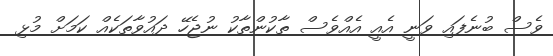
ވެސް ބުނެފައި ވަނީ އެއީ އެއްވެސް ތާކުންތާކު ނުޖެހޭ ދައުވާތަކެއް ކަމަށް މުޅި